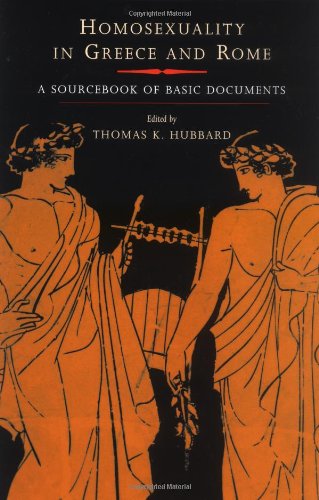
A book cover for Homosexuality in Greece and Rome: A Sourcebook of Basic Documents; Gay & Lesbian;